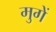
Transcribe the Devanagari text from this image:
मुगें